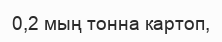
0,2 мың тонна картоп,